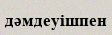
дәмдеуішпен